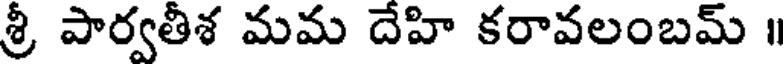
శ్రీ పార్వతీశ మమ దేహి కరావలంబమ్